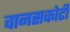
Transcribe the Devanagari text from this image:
वानसकोटी